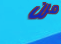
مرن